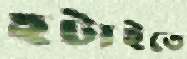
হটাইতে